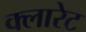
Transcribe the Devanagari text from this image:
क्लारेट